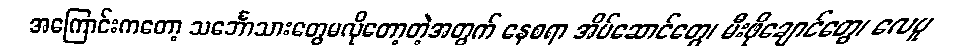
အကြောင်းကတော့ သင်္ဘောသားတွေမလိုတော့တဲ့အတွက် နေစရာ အိပ်ဆောင်တွေ၊ မီးဖိုချောင်တွေ၊ လေပူ